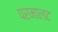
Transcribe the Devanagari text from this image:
परमालट